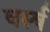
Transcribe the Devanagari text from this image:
वर्स्ष